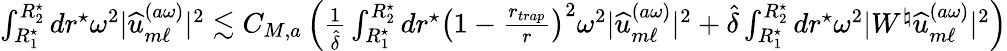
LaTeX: \begin{array}{r}{\int_{R_{1}^{\star}}^{R_{2}^{\star}}dr^{\star}\omega^{2}|\widehat{u}_{m\ell}^{(a\omega)}|^{2}\lesssim C_{M,a}\left(\frac{1}{\hat{\delta}}\int_{R_{1}^{\star}}^{R_{2}^{\star}}dr^{\star}\left(1-\frac{r_{trap}}{r}\right)^{2}\omega^{2}|\widehat{u}_{m\ell}^{(a\omega)}|^{2}+\hat{\delta}\int_{R_{1}^{\star}}^{R_{2}^{\star}}dr^{\star}\omega^{2}|W^{\natural}\widehat{u}_{m\ell}^{(a\omega)}|^{2}\right)}\end{array}